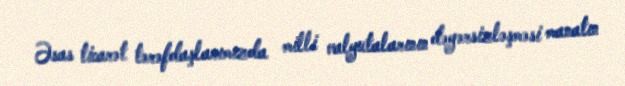
Əsas ticarət tərəfdaşlarımızda milli valyutalarının dəyərsizləşməsi manatın